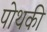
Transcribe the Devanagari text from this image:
पोथकी